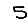
Digit: 5